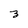
Character: 3